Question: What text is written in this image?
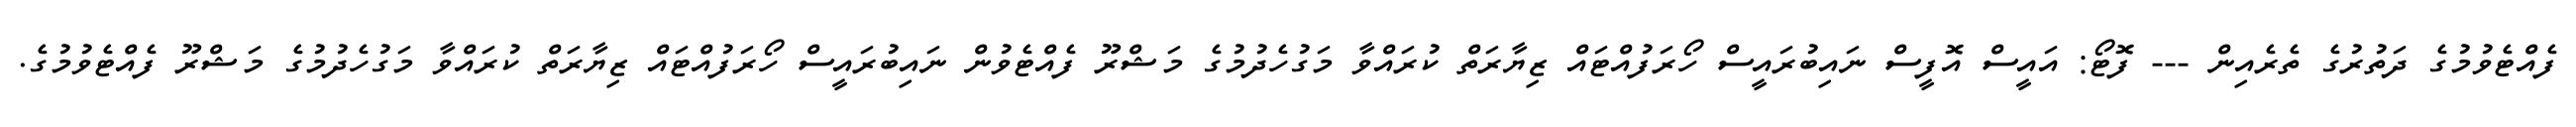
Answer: ފެއްޓެވުމުގެ ދަތުރުގެ ތެރެއިން --- ފޮޓޯ: އައީސް އޮފީސް ނައިބުރައީސް ހޯރަފުއްޓައް ޒިޔާރަތް ކުރައްވާ މަގުހެދުމުގެ މަޝްރޫ ފެއްޓެވުން ނައިބުރައީސް ހޯރަފުއްޓައް ޒިޔާރަތް ކުރައްވާ މަގުހެދުމުގެ މަޝްރޫ ފެއްޓެވުމުގެ.